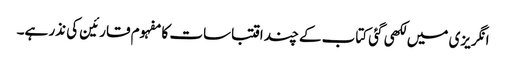
انگریزی میں لکھی گئی کتاب کے چند اقتباسات کا مفہوم قارئین کی نذر ہے۔